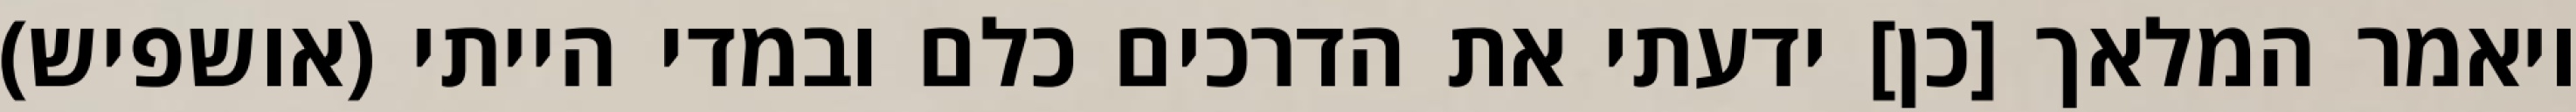
ויאמר המלאך [כן] ידעתי את הדרכים כלם ובמדי הייתי (אושפיש)